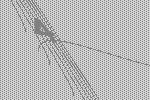
4